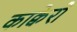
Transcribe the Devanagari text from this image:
काक्वेरो